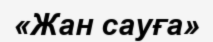
«Жан сауға»